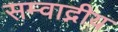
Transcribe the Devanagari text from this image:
सम्वाद्नीय